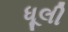
ધૂલી